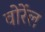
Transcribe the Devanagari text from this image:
वोर्रेल